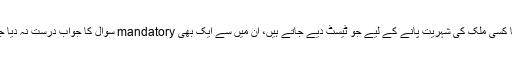
سوال یہ ہے کہ کیا کسی بھی کمپنی میں جاب کے لیے یا کسی ملک کی شہریت پانے کے لیے جو ٹیسٹ دیے جاتے ہیں، ان میں سے ایک بھی mandatory سوال کا جواب درست نہ دیا جائے یا سرے سے دیا ہی نہ جائے تو آپ کو کیا ملے گا؟